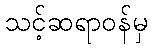
သင့်ဆရာဝန်မှ